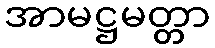
အာမဋ္ဌမတ္တာ